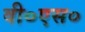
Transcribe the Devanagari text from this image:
वी०एस०